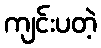
ကျင်းပတဲ့